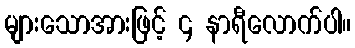
များသောအားဖြင့် ၄ နာရီလောက်ပါ။